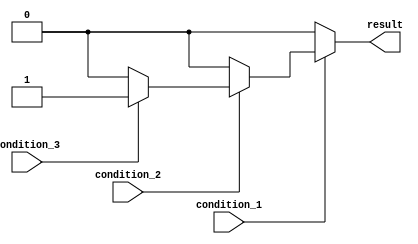
module nested_if_else(
    input wire condition_1,
    input wire condition_2,
    input wire condition_3,
    output reg result
);

always @(condition_1, condition_2, condition_3)
begin
    if (condition_1)
    begin
        if (condition_2)
        begin
            if (condition_3)
                result <= 1;
            else
                result <= 0;
        end
        else
            result <= 0;
    end
    else
        result <= 0;
end

endmodule